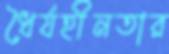
ধৈর্যহীনতার